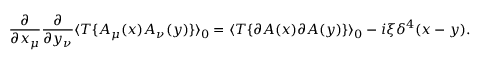
\frac { \partial } { \partial x _ { \mu } } \frac { \partial } { \partial y _ { \nu } } \langle T \{ A _ { \mu } ( x ) A _ { \nu } ( y ) \} \rangle _ { 0 } = \langle T \{ \partial A ( x ) \partial A ( y ) \} \rangle _ { 0 } - i \xi \delta ^ { 4 } ( x - y ) .